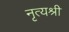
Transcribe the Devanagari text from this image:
नृत्यश्री